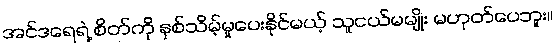
အင်ဒရေရဲ့ စိတ်ကို နှစ်သိမ့်မှုပေးနိုင်မယ့် သူငယ်မမျိုး မဟုတ်ပေဘူး။